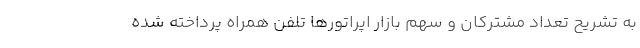
به تشریح تعداد مشترکان و سهم بازار اپراتورها تلفن همراه پرداخته شده